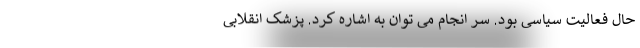
حال فعالیت سیاسی بود. سر انجام می توان به اشاره کرد. پزشک انقلابی